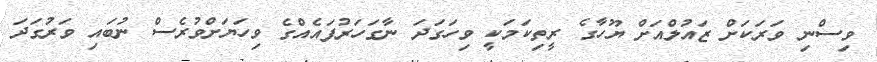
ވިސްނި ވަރަކަށް ޒައުލްއަށް ޔޫހާގެ ރީތިކަމަކީ ވިހަގަދަ ނާގަހަރުފައެއްގެ ވިހަޔަށްވުރެސް ނުބައި ވަރުގަދަ